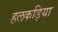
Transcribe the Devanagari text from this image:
हलकड़िया